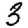
Digit: 3